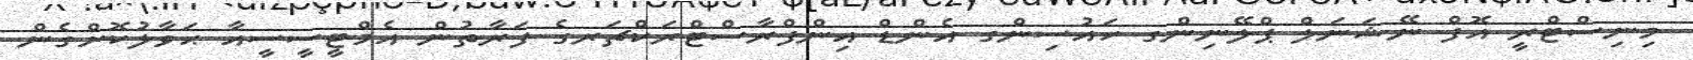
މިނިސްޓްރީ އޮފް ނޭޝަނަލް ޕްލޭނިންގ ހައުސިންގ އެންޑް އިންފްރާސްޓްރަކްޗަރގެ ފަރާތުން އެމްޓީސީސީއާ ޙަވާލުކޮށްގެން